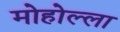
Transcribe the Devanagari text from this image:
मोहोल्ला